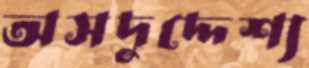
অসদুদ্দেশ্য